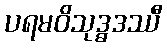
ပရမဝိသုဒ္ဓဒဿီ